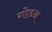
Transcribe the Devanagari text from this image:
गोडअ